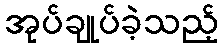
အုပ်ချုပ်ခဲ့သည့်